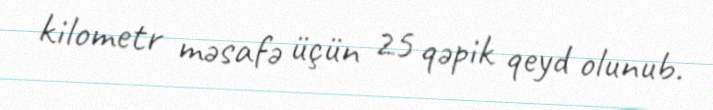
kilometr məsafə üçün 25 qəpik qeyd olunub.